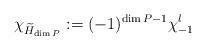
LaTeX: \begin{align*}\chi_{\widetilde{H}_{\dim P}}:= (-1)^{\dim P-1} \chi^l_{-1} \end{align*}